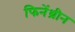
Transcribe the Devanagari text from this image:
फिनेंथ्रीन